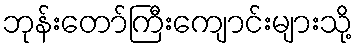
ဘုန်းတော်ကြီးကျောင်းများသို့